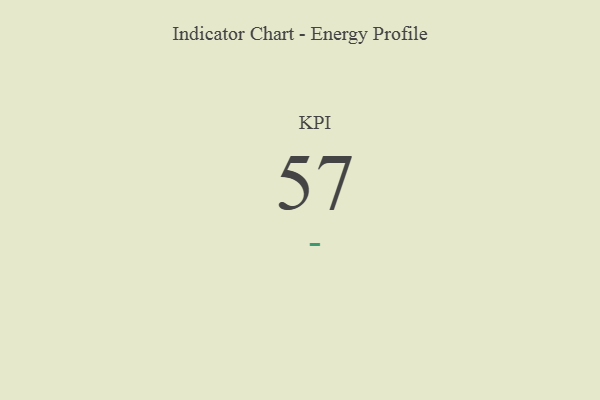
{"axis": {"x": "KPI", "y": "Value"}, "legend": [""], "data": [{"x": "KPI", "y": 57, "type": ""}]}